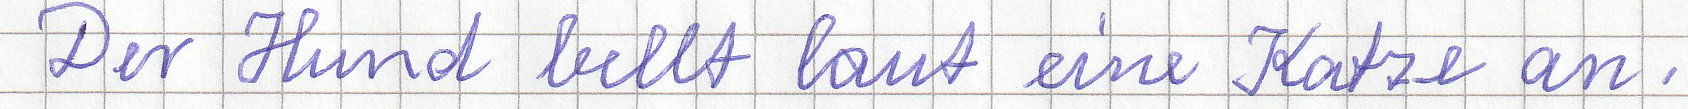
Der Hund bellt laut eine Katze an.